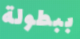
ببطولة